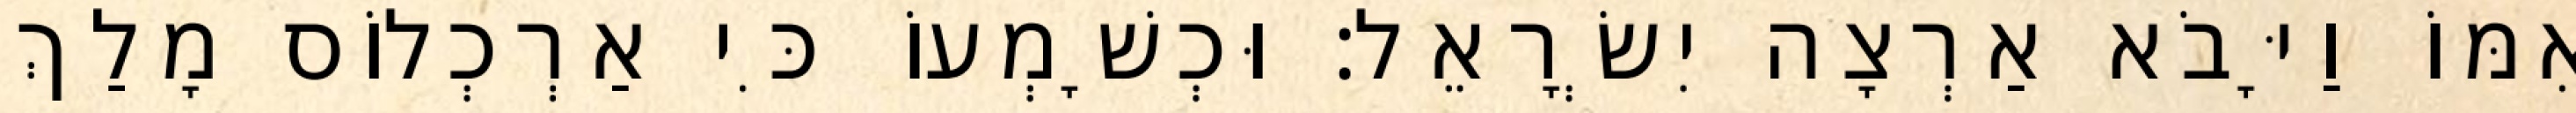
אִמּוֹ וַיָּבֹא אַרְצָה יִשְׂרָאֵל׃ וּכְשָׁמְעוֹ כִּי אַרְכְלוֹס מָלַךְ